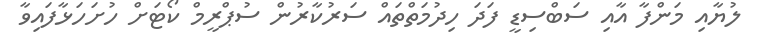
ލުޔާއި މަންފާ އާއި ސަބްސިޑީ ފަދަ ހިދުމަތްތައް ސަރުކާރުން ސުޕްރީމް ކޯޓަށް ހުށަހަޅާފައިވާ